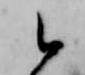
候